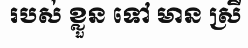
របស់ ខ្លួន ទៅ មាន ស្រី